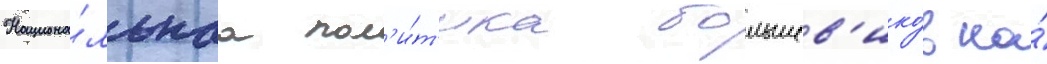
Национа́льнаа пол'и́т'ика большев'ико́в на́